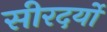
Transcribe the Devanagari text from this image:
सीरदर्यो